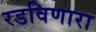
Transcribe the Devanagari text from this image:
रडविणारा